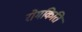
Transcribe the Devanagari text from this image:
रोमकिति